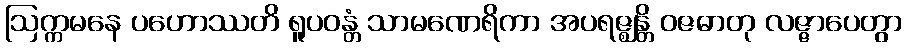
ဩက္ကမနေ ပဟောဿတိ ရူပဝန္တံ သာမဏေရိကာ အပရဇ္ဈန္တိ ဝဇဓာတု လဇ္ဇာပေတွာ